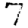
Digit: 7